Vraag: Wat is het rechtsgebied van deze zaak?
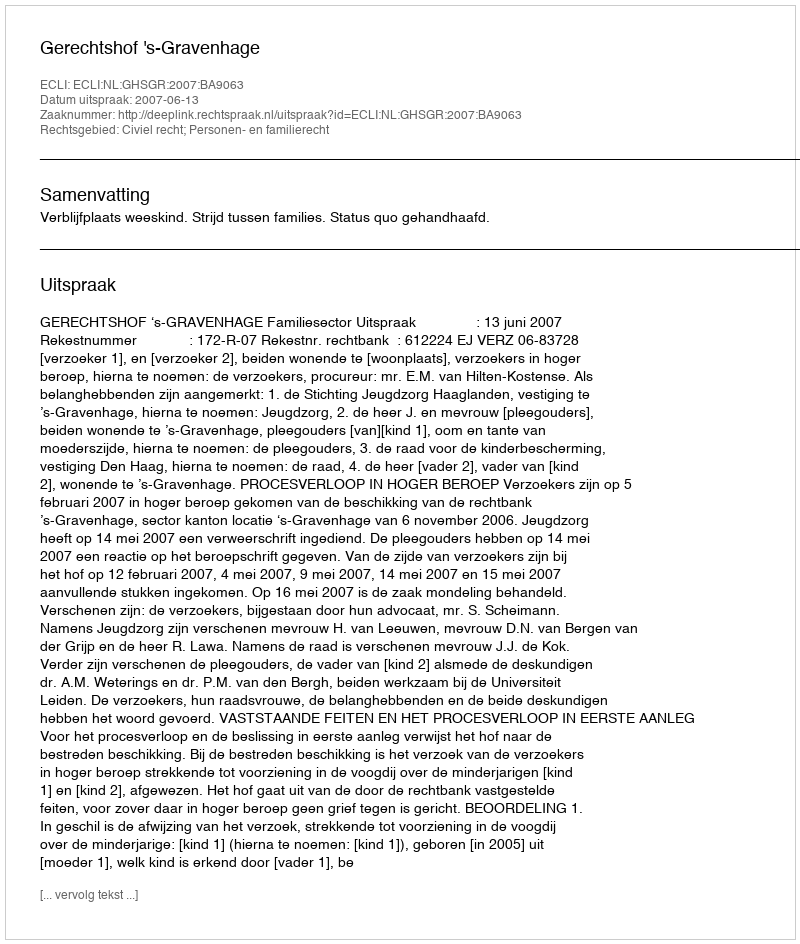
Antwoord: Civiel recht; Personen- en familierecht